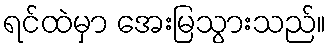
ရင်ထဲမှာ အေးမြသွားသည်။